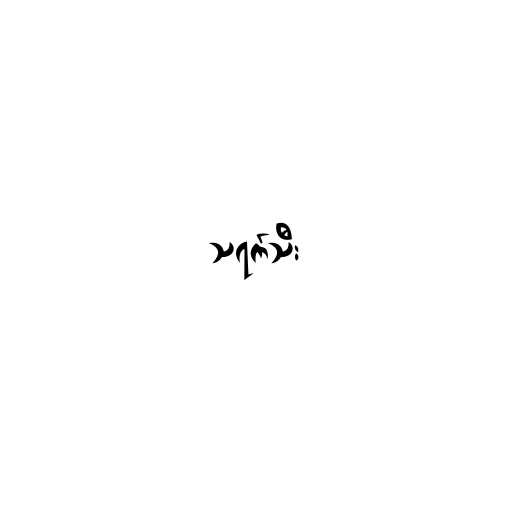
သရက်သီး